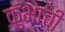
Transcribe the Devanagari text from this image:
कुंभाची